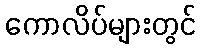
ကောလိပ်များတွင်